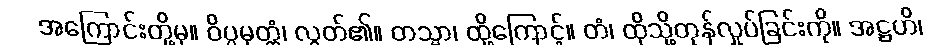
အကြောင်းတို့မှ။ ဝိပ္ပမုတ္တံ၊ လွတ်၏။ တသ္မာ၊ ထို့ကြောင့်။ တံ၊ ထိုသို့တုန်လှုပ်ခြင်းကို။ အဋ္ဌဟိ၊